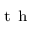
^ { \mathrm { ~ t ~ h ~ } }